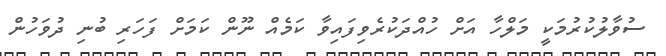
ސުވާލުކުރުމަކީ މަލްހާ އަށް ހުއްދަކުރެވިފައިވާ ކަމެއް ނޫން ކަމަށް ފަހަރި ބުނި ދުވަހުން